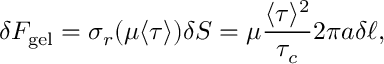
\delta F _ { \mathrm { g e l } } = \sigma _ { r } ( \mu \langle \tau \rangle ) \delta S = \mu \frac { \langle \tau \rangle ^ { 2 } } { \tau _ { c } } 2 \pi a \delta \ell ,